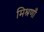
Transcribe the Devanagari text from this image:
मिश्रणॉं